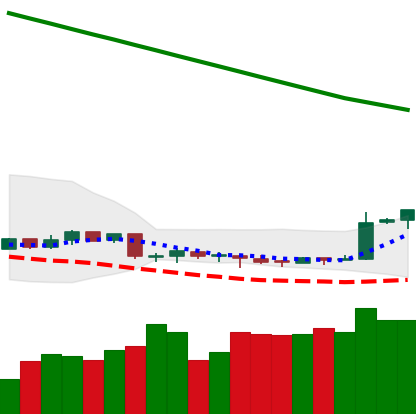
Ticker: XMR-USD
Chart end date: 2019-02-10
Forward return: -4.795%
Label: down_3_5